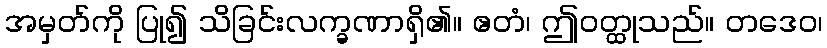
အမှတ်ကို ပြု၍ သိခြင်းလက္ခဏာရှိ၏။ ဧတံ၊ ဤဝတ္ထုသည်။ တဒေဝ၊